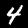
Label: 4